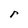
Character: r